Report of the Municipal Commissioner on the plague in Bombay for the year ending 31st May... - Volume 2
Disease focus: Plague
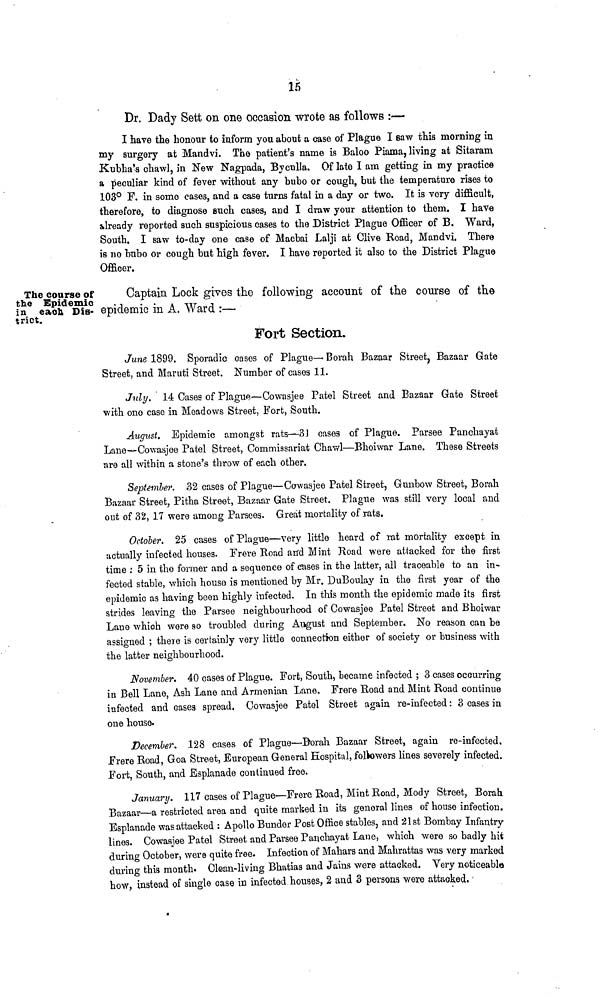
15
Dr. Dady Sett on one occasion wrote as follows :—
I have the honour to inform you about a case of Plague I saw this morning in
my surgery at Mandvi. The patient's name is Baloo Piama, living at Sitaram,
Kubha's chawl, in New Nagpada, Byculla, Of late I am getting in my practice
a peculiar kind of fever without any bubo or cough, but the temperature rises to
103° F. in some cases, and a case turns fatal in a day or two. It is vory difficult,
therefore, to diagnose such cases, and I draw your attention to them. I have
already reported such suspicious cases to the District Plague Officer of B. Ward,
South. I saw to-day one case of Macbai Lalji at Olive Road, Mandvi. There
is no bubo or cough but high fever. I have reported it also to the District Plague
Officer.
The course of
the Epidemic
in each Dis-
trict.
Captain Lock gives the following account of the course of the
epidemic in A. Ward :—
Fort Section.
June 1899. Sporadic cases of Plague— Borah Bazaar Street, Bazaar Gate
Street, and Maruti Street. Number of cases 11.
July. 14 Cases of Plague—Cowasjee Patel Street and Bazaar Gate Street
with one case in Meadows Street, Fort, South.
August. Epidemic amongst rats—3J cases of Plague. Parsee Panchayat
Lane—Cowasjee Patel Street, Commissariat Chawl—Bhoiwar Lane. These Streets
are all within a stone's throw of each other.
September. 32 cases of Plague—Cowasjee Patel Street, Gunbow Street, Borah
Bazaar Street, Pitha Street, Bazaar Gate Street. Plague was still very local and
out of 32, 1.7 were among Parsees. Great mortality of rats.
October. 25 cases of Plague—very little heard of rat mortality except in
actually infected houses. Frere Road arrd Mint Road were attacked for the first
time : 5 in the former and a sequence of cases in the latter, all traceable to an in-
fected stable, which house is mentioned by Mr. DuBoulay in the first year of the
epidemic as having been highly infected. In this month the epidemic made its first
strides leaving the Parsee neighbourhood of Cowasjee Patel Street and Bhoiwar
Lane which wore so troubled during August and September. No reason can be
assigned ; there is certainly very little connection either of society or business with
the latter neighbourhood.
November. 40 cases of Plague. Fort, South, became infected ; 3 cases occurring
in Bell Lane, Ash Lane and Armenian Lane. Frere Road and Mint Road continue
infected and cases spread. Cowasjee Patel Street again re-infected: 3 cases in
one house.
December. 128 cases of Plague—Borah Bazaar Street, again re-infected,
Frere Road, Goa Street, European General Eospital, followers lines severely infected.
Fort, South, and Esplanade continued free.
January. 117 cases of Plague—Frere Road, Mint Road, Mody Street, Borah
Bazaar—a restricted area and quite marked in its general lines of house infection.
Esplanade was attacked : Apollo Bunder Post Office stables, and '21st Bombay Infantry
lines. Cowasjee Patel Street and Parsee Paqohayat Lane, which were so badly hit
during October, were quite free. Infection of Mahars and Mahrattas was very marked
during this month. Clean-living Bhatias and Jains were attacked. Very noticeable
how, instead of single case in infected, houses, 2 and 3 persons were attacked.